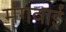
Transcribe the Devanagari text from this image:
मंगवाईं